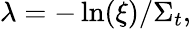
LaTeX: \lambda=-\ln(\xi)/\Sigma_{t},